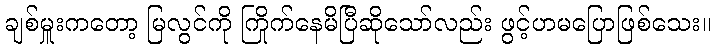
ချစ်မှူးကတော့ မြလွင်ကို ကြိုက်နေမိပြီဆိုသော်လည်း ဖွင့်ဟမပြောဖြစ်သေး။